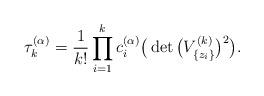
LaTeX: \begin{gather*}\tau_{k}^{(\alpha)}= \frac1{k!}\prod_{i=1}^{k}c^{(\alpha)}_{i}\big(\det\big(V^{(k)}_{\{z_{i}\}}\big)^{2}\big).\end{gather*}